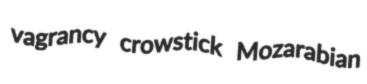
vagrancy crowstick Mozarabian